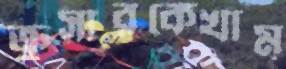
ক্রুসারকেখাম্